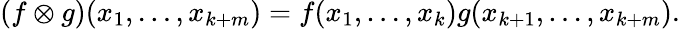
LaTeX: (f\otimes g)(x_{1},\dots,x_{k+m})=f(x_{1},\dots,x_{k})g(x_{k+1},\dots,x_{k+m}).